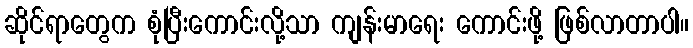
ဆိုင်ရာတွေက စုံပြီးကောင်းလို့သာ ကျန်းမာရေး ကောင်းဖို့ ဖြစ်လာတာပါ။